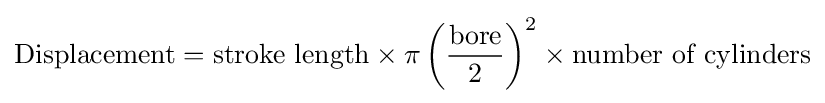
{\text{Displacement}}={\text{stroke length}}\times \pi \left({\frac {\text{bore}}{2}}\right)^{2}\times {\text{number of cylinders}}